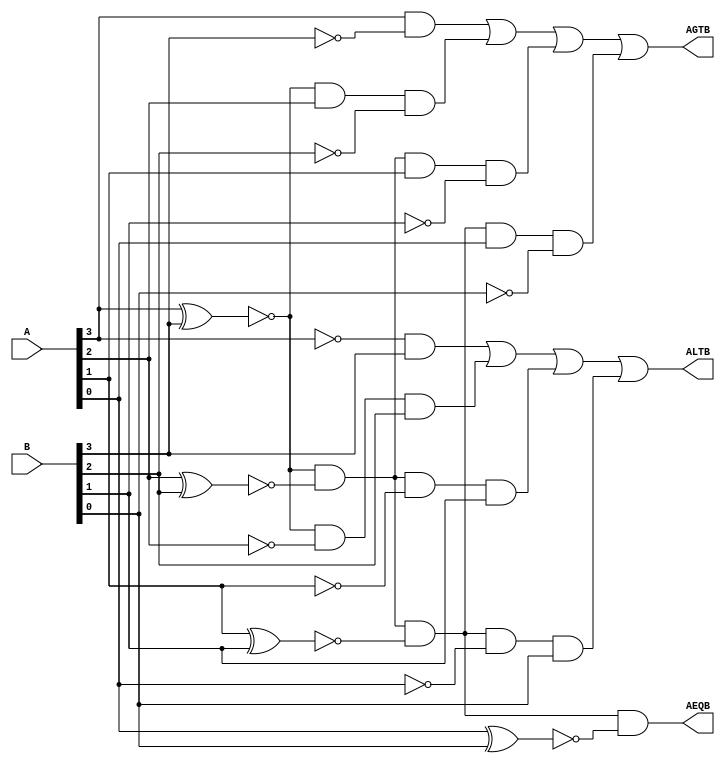
// Gate level comparator

module magComp(ALTB, AGTB, AEQB, A, B);
  input [3:0] A, B;
  output ALTB, AGTB, AEQB;
  wire [3:0]X, Y, Z, NotA, NotB;
  
  xnor 
      g01(X[3], A[3], B[3]),
      g02(X[2], A[2], B[2]),
      g03(X[1], A[1], B[1]),
      g04(X[0], A[0], B[0]);
  not 
      g05(NotA[3], A[3]),
      g06(NotA[2], A[2]),
      g07(NotA[1], A[1]),
      g08(NotA[0], A[0]),
      g09(NotB[3], B[3]),
      g10(NotB[2], B[2]),
      g11(NotB[1], B[1]),
      g12(NotB[0], B[0]);
  and
      g13(Y[0], A[3], NotB[3]),
      g14(Y[1], X[3], A[2], NotB[2]),
      g15(Y[2], X[3], X[2], A[1], NotB[1]),
      g16(Y[3], X[3], X[2], X[1], A[0], NotB[0]);
  and
      g17(Z[0], NotA[3], B[3]),
      g18(Z[1], X[3], NotA[2], B[2]),
      g19(Z[2], X[3], X[2], NotA[1], B[1]),
      g20(Z[3], X[3], X[2], X[1], NotA[0], B[0]);
      
  and g21(AEQB, X[3], X[2], X[1], X[0]);
  or  
      g22(ALTB, Z[0], Z[1], Z[2], Z[3]),
      g23(AGTB, Y[0], Y[1], Y[2], Y[3]);
endmodule 

module tb_comp;
  reg [3:0]A, B;
  wire ALTB, AGTB, AEQB;
  magComp mod(ALTB, AGTB, AEQB, A, B);
  initial
    begin
      $monitor($time, " A=%4b, B=%4b, ALTB=%b, AGTB=%b, AEQB=%b.", A, B, ALTB, AGTB, AEQB);
      #0  A=4'b1010; B=4'b1010;
      #10 A=4'b0101; B=4'b1010;
      #20 A=4'b1111; B=4'b1010;
      #30 $finish;
    end
endmodule